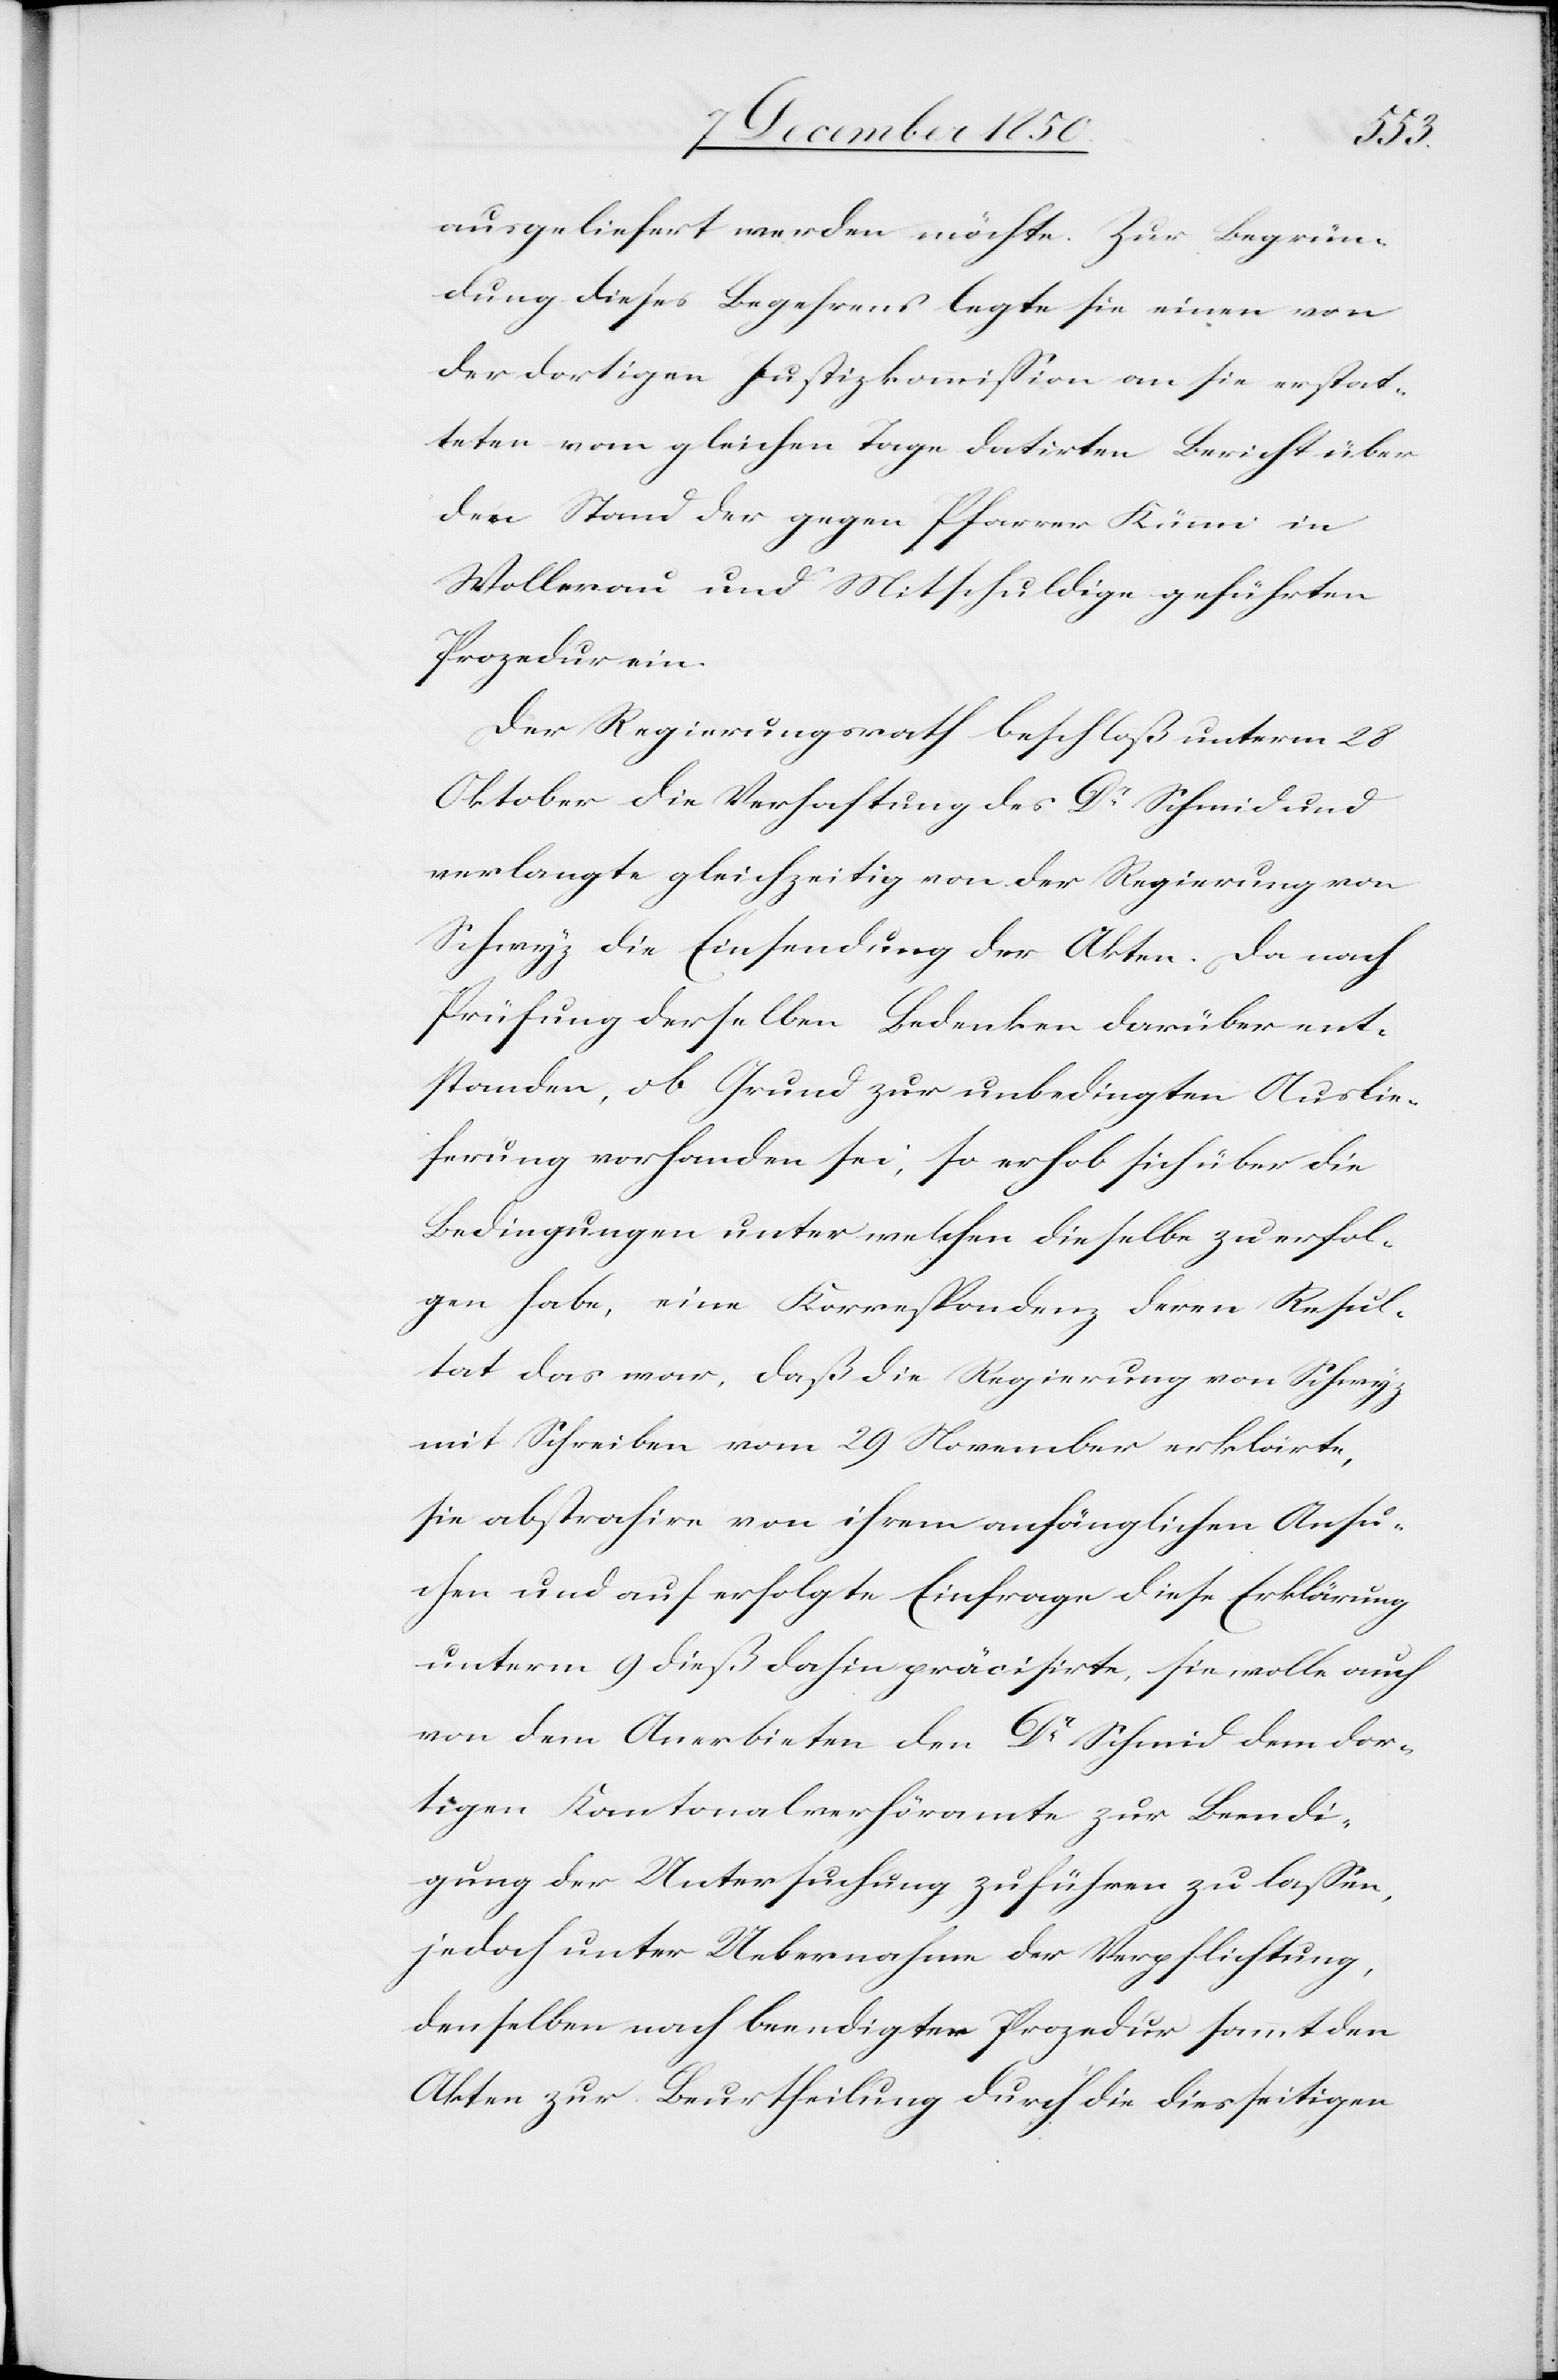
ausgeliefert werden möchte. Zur Begrün¬
dung dieses Begehrens legte sie einen von
der dortigen Justizkommission an sie erstat¬
teten vom gleichen Tage datirten Bericht über
den Stand der gegen Pfarrer Kümmi in
Wollerau und Mitschuldige geführten
Prozedur ein.
Der Regierungsrath beschloß unterm 28
Oktober die Verhaftung des Dr Schmid und
verlangte gleichzeitig von der Regierung von
Schwyz die Einsendung der Akten. Da nach
Prüfung derselben Bedenken darüber ent¬
standen, ob Grund zur unbedingten Auslie¬
ferung vorhanden sei, so erhob sich über die
Bedingungen unter welchen dieselbe zu erfol¬
gen habe, eine Korrespondenz deren Resul¬
tat das war, daß die Regierung von Schwyz
mit Schreiben vom 29 November erklärte,
sie abstrahire von ihrem anfänglichen Ansu¬
chen und auf erfolgte Einfrage diese Erklärung
unterm 9 dieß dahin präcisirte, sie wolle auch
von dem Anerbieten den Dr Schmid dem dor¬
tigen Kantonalverhöramte zur Beendi¬
gung der Untersuchung zuführen zu lassen,
jedoch unter Uebernahme der Verpflichtung,
denselben nach beendigter Prozedur sammt den
Akten zur Beurtheilung durch die diesseitigen